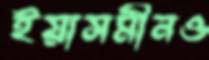
ইয়াসমীনও